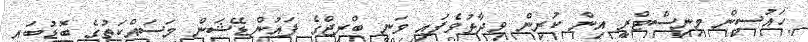
ހައުސިން މިނިސްޓްރީ އިން ކުރިން ވިދާޅުވެފައި ވަނީ ބްރިޖްގެ ފައުންޑޭޝަން މަސައްކަތުގެ ބޮޑުބައި